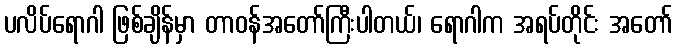
ပလိပ်ရောဂါ ဖြစ်ချိန်မှာ တာဝန်အတော်ကြီးပါတယ်၊ ရောဂါက အရပ်တိုင်း အတော်